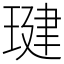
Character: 𤧣